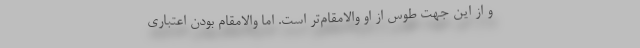
و از این جهت طوس از او والامقام‌تر است. اما والامقام بودن اعتباری